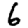
Digit: 6